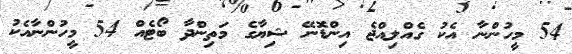
54 މީހުންނާ އެކު ގެއްލިއްޖެ އިންޑޮނޭ ޝިޔާގެ މަތިންދާ ބޯޓެއް 54 މީހުންނާއެކު